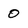
Character: 0